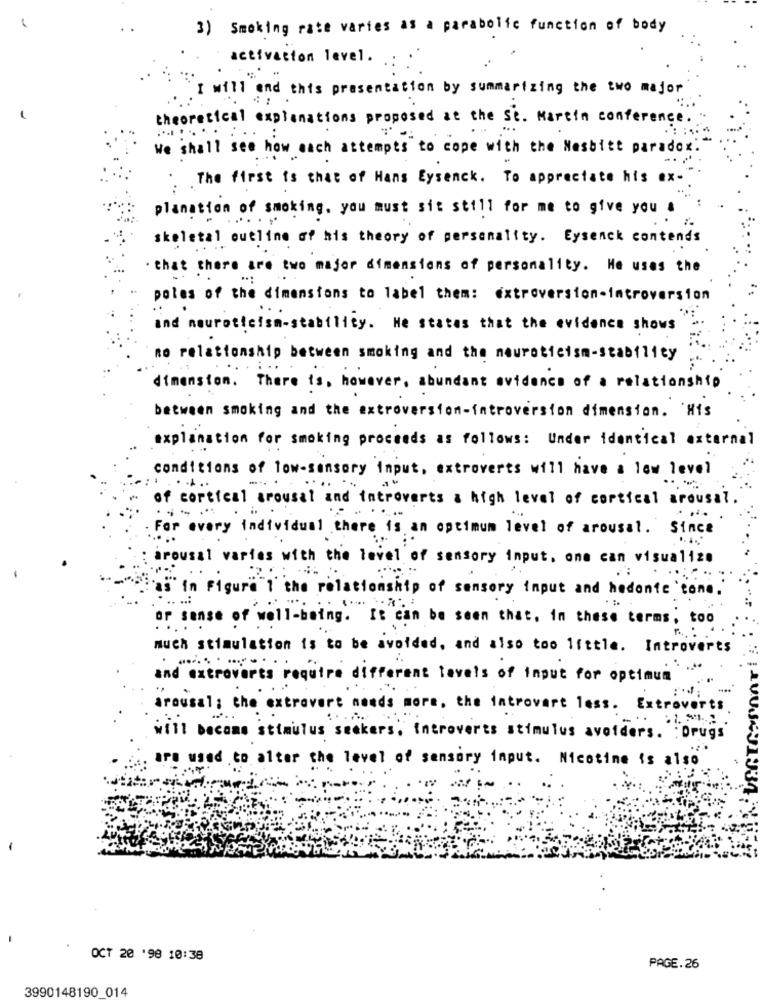
3) Smoking rate varies as a parabolic function of body
activation level .
I will end this presentation by summarizing the two major
theoretical explanations proposed at the Se. Martin conference .
We shall see how each attempts to cope with the Nesbitt paradox .
. The first is that of Hans Eysenck . To appreciate his ex -
planation of smoking, you must sit still for me to give you a
skeletal outline of his theory of personality. Eysenck contends
. that there are two major dimensions of personality. He uses the
..:
poles of the dimensions to label them: extroversion-introversion
ind nourotteism-stability. He states that the evidence shows
no relationship between smoking and the neuroticism-stability
dimension. There is, however, abundant evidence of a relationship
between smoking and the extroversion-introversion dimension. 'His
explanation for smoking proceeds as follows: Under identical external
conditions of low-sansary input, extroverts will have a low level
of cortical arousal and introverts a high level of cortical arousal .
....
For every individual there is an optimum level of arousal. Since
arousal varies with the level of sensory input, one can visualize
a" in Figure"1" the relationship of sensory input and hedonie cone."
or sense of well-being. It can be seen that, in these terms, too
much stimulation is to be avoided, and also too little. Introverts
and extroverts require different levels of input for optimum
arousal: the extrovert needs more, the introvart less. Extroverts
will become stimulus seekers, introverts stimulus avoiders. : Drugs
are used to alter the level of sensory input. Nicotine is also
1034
OCT 20 '98 10:38
PAGE.26
3990148190 014